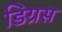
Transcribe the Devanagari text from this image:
डिग्रस